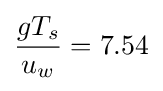
{{gT_{s}} \over {u_{w}}}=7.54